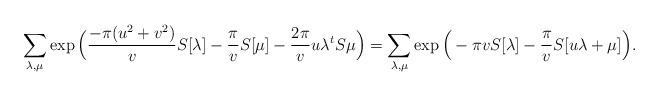
LaTeX: \begin{align*} \sum_{\lambda, \mu} \exp \Big( \frac{- \pi(u^2+v^2)}{v} S[\lambda] - \frac{\pi}{v} S[\mu] -\frac{2 \pi}{v} u\lambda^t S\mu \Big) = \sum_{\lambda, \mu} \exp \Big( - \pi v S[\lambda] - \frac{\pi}{v} S[u \lambda + \mu] \Big). \end{align*}